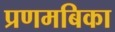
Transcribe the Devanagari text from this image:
प्रणमबिका